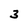
Character: 3